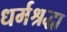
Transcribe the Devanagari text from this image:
धर्मश्रद्धा